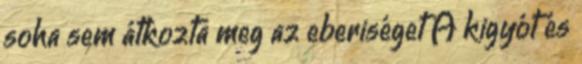
soha sem átkozta meg az eberiséget A kigyót és